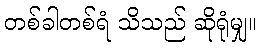
တစ်ခါတစ်ရံ သိသည် ဆိုရုံမျှ။